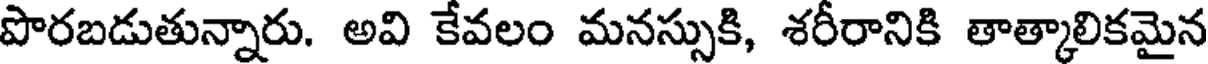
పొరబడుతున్నారు. అవి కేవలం మనస్సుకి, శరీరానికి తాత్కాలికమైన